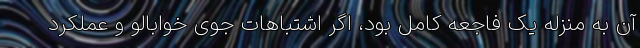
آن به منزله یک فاجعه کامل بود،‌ اگر اشتباهات جوی خوابالو و عملکرد